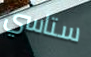
ستاسي